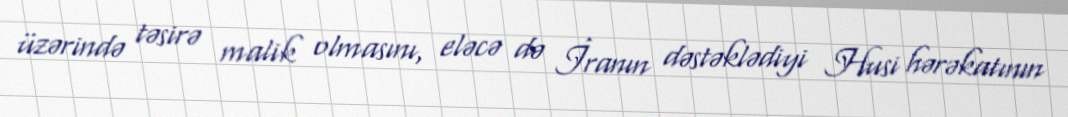
üzərində təsirə malik olmasını, eləcə də İranın dəstəklədiyi Husi hərəkatının